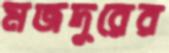
মজদুরের